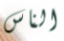
الناس